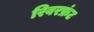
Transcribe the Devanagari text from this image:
रिवरफ्रंट